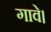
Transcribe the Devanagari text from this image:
गावे।